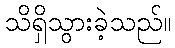
သိရှိသွားခဲ့သည်။